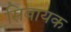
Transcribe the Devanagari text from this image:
सिबायक